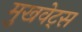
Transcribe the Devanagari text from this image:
मुखवेट्स